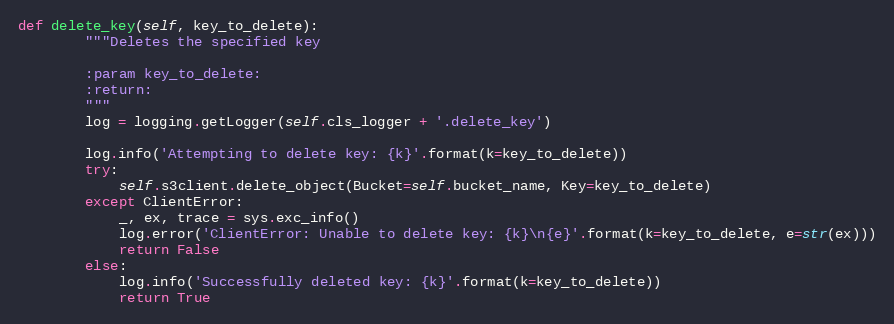
Language: Python
def delete_key(self, key_to_delete):
        """Deletes the specified key

        :param key_to_delete:
        :return:
        """
        log = logging.getLogger(self.cls_logger + '.delete_key')

        log.info('Attempting to delete key: {k}'.format(k=key_to_delete))
        try:
            self.s3client.delete_object(Bucket=self.bucket_name, Key=key_to_delete)
        except ClientError:
            _, ex, trace = sys.exc_info()
            log.error('ClientError: Unable to delete key: {k}\n{e}'.format(k=key_to_delete, e=str(ex)))
            return False
        else:
            log.info('Successfully deleted key: {k}'.format(k=key_to_delete))
            return True